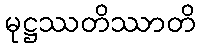
မုဋ္ဌဿတိဿာတိ